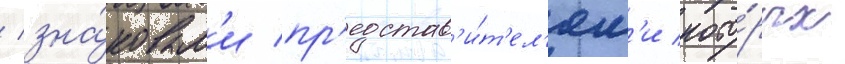
/ зна́ковым'и пр'едстав'и́т'ел'ям'и кото́рых